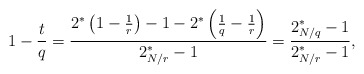
\begin{align*}1-\frac{t}{q}&=\frac{2^*\left(1-\frac{1}{r}\right)-1-2^*\left(\frac1{q}-\frac{1}{r}\right)}{2_{N/r}^*-1}=\frac{2_{N/q}^*-1}{2_{N/r}^*-1},\end{align*}